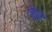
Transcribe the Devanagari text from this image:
विझ